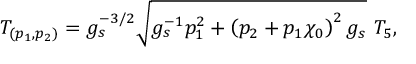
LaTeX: T _ { ( p _ { 1 } , p _ { 2 } ) } = g _ { s } ^ { - 3 / 2 } \sqrt { g _ { s } ^ { - 1 } p _ { 1 } ^ { 2 } + \left( p _ { 2 } + p _ { 1 } \chi _ { 0 } \right) ^ { 2 } g _ { s } } ~ T _ { 5 } ,